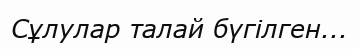
Сұлулар талай бүгілген...